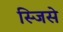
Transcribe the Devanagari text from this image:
स्जिसे